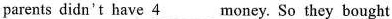
parents didn't have \underline{4 } money. So they bought